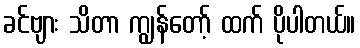
ခင်ဗျား သိတာ ကျွန်တော့် ထက် ပိုပါတယ်။